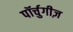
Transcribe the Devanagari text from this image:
पॉर्चुगीज़